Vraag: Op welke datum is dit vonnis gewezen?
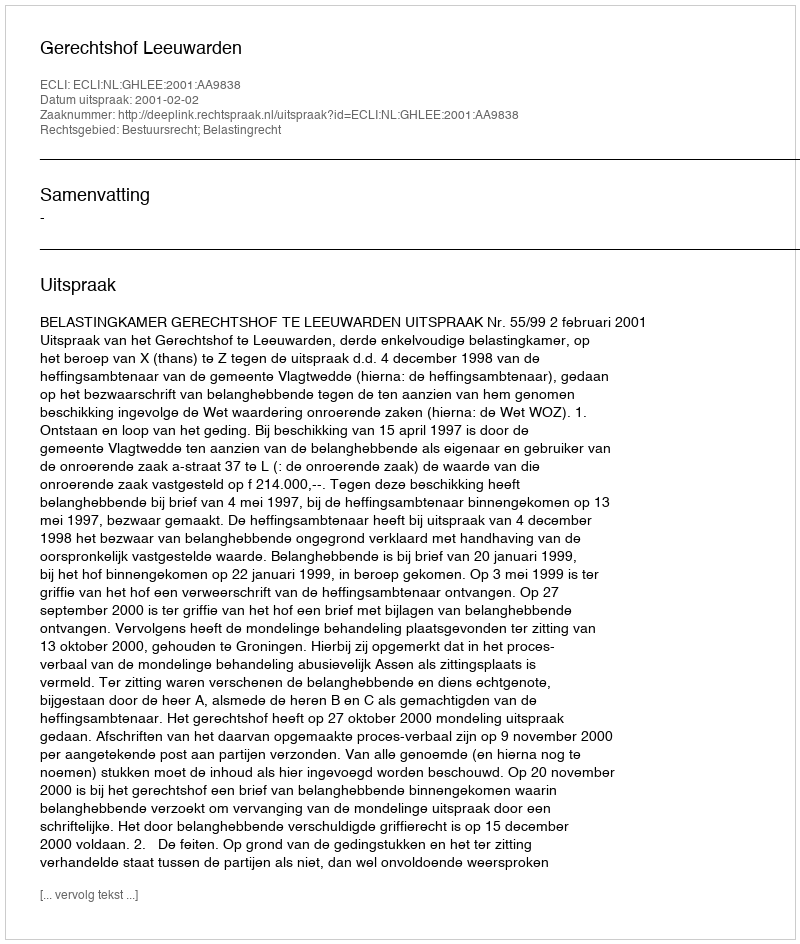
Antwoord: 2001-02-02